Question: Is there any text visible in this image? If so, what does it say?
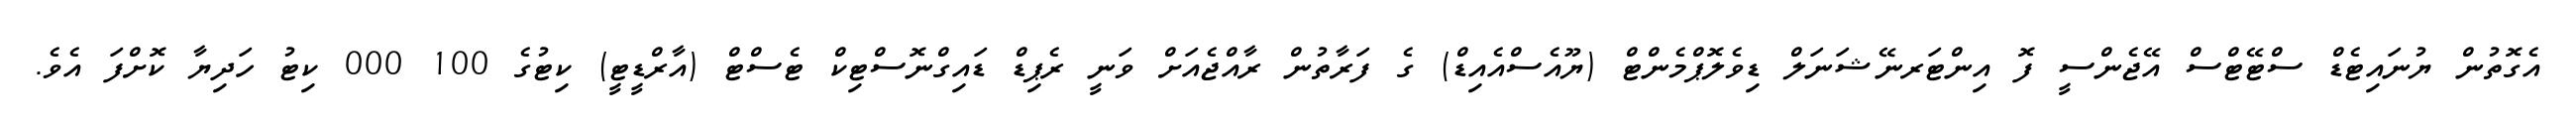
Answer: އެގޮތުން ޔުނައިޓެޑް ސްޓޭޓްސް އޭޖެންސީ ފޮ އިންޓަރނޭޝަނަލް ޑިވެލޮޕްމެންޓް (ޔޫއެސްއެއިޑް) ގެ ފަރާތުން ރާއްޖެއަށް ވަނީ ރެޕިޑް ޑައިގްނޮސްޓިކް ޓެސްޓް (އާރްޑީޓީ) ކިޓުގެ 100 000 ކިޓު ހަދިޔާ ކޮށްފަ އެވެ.